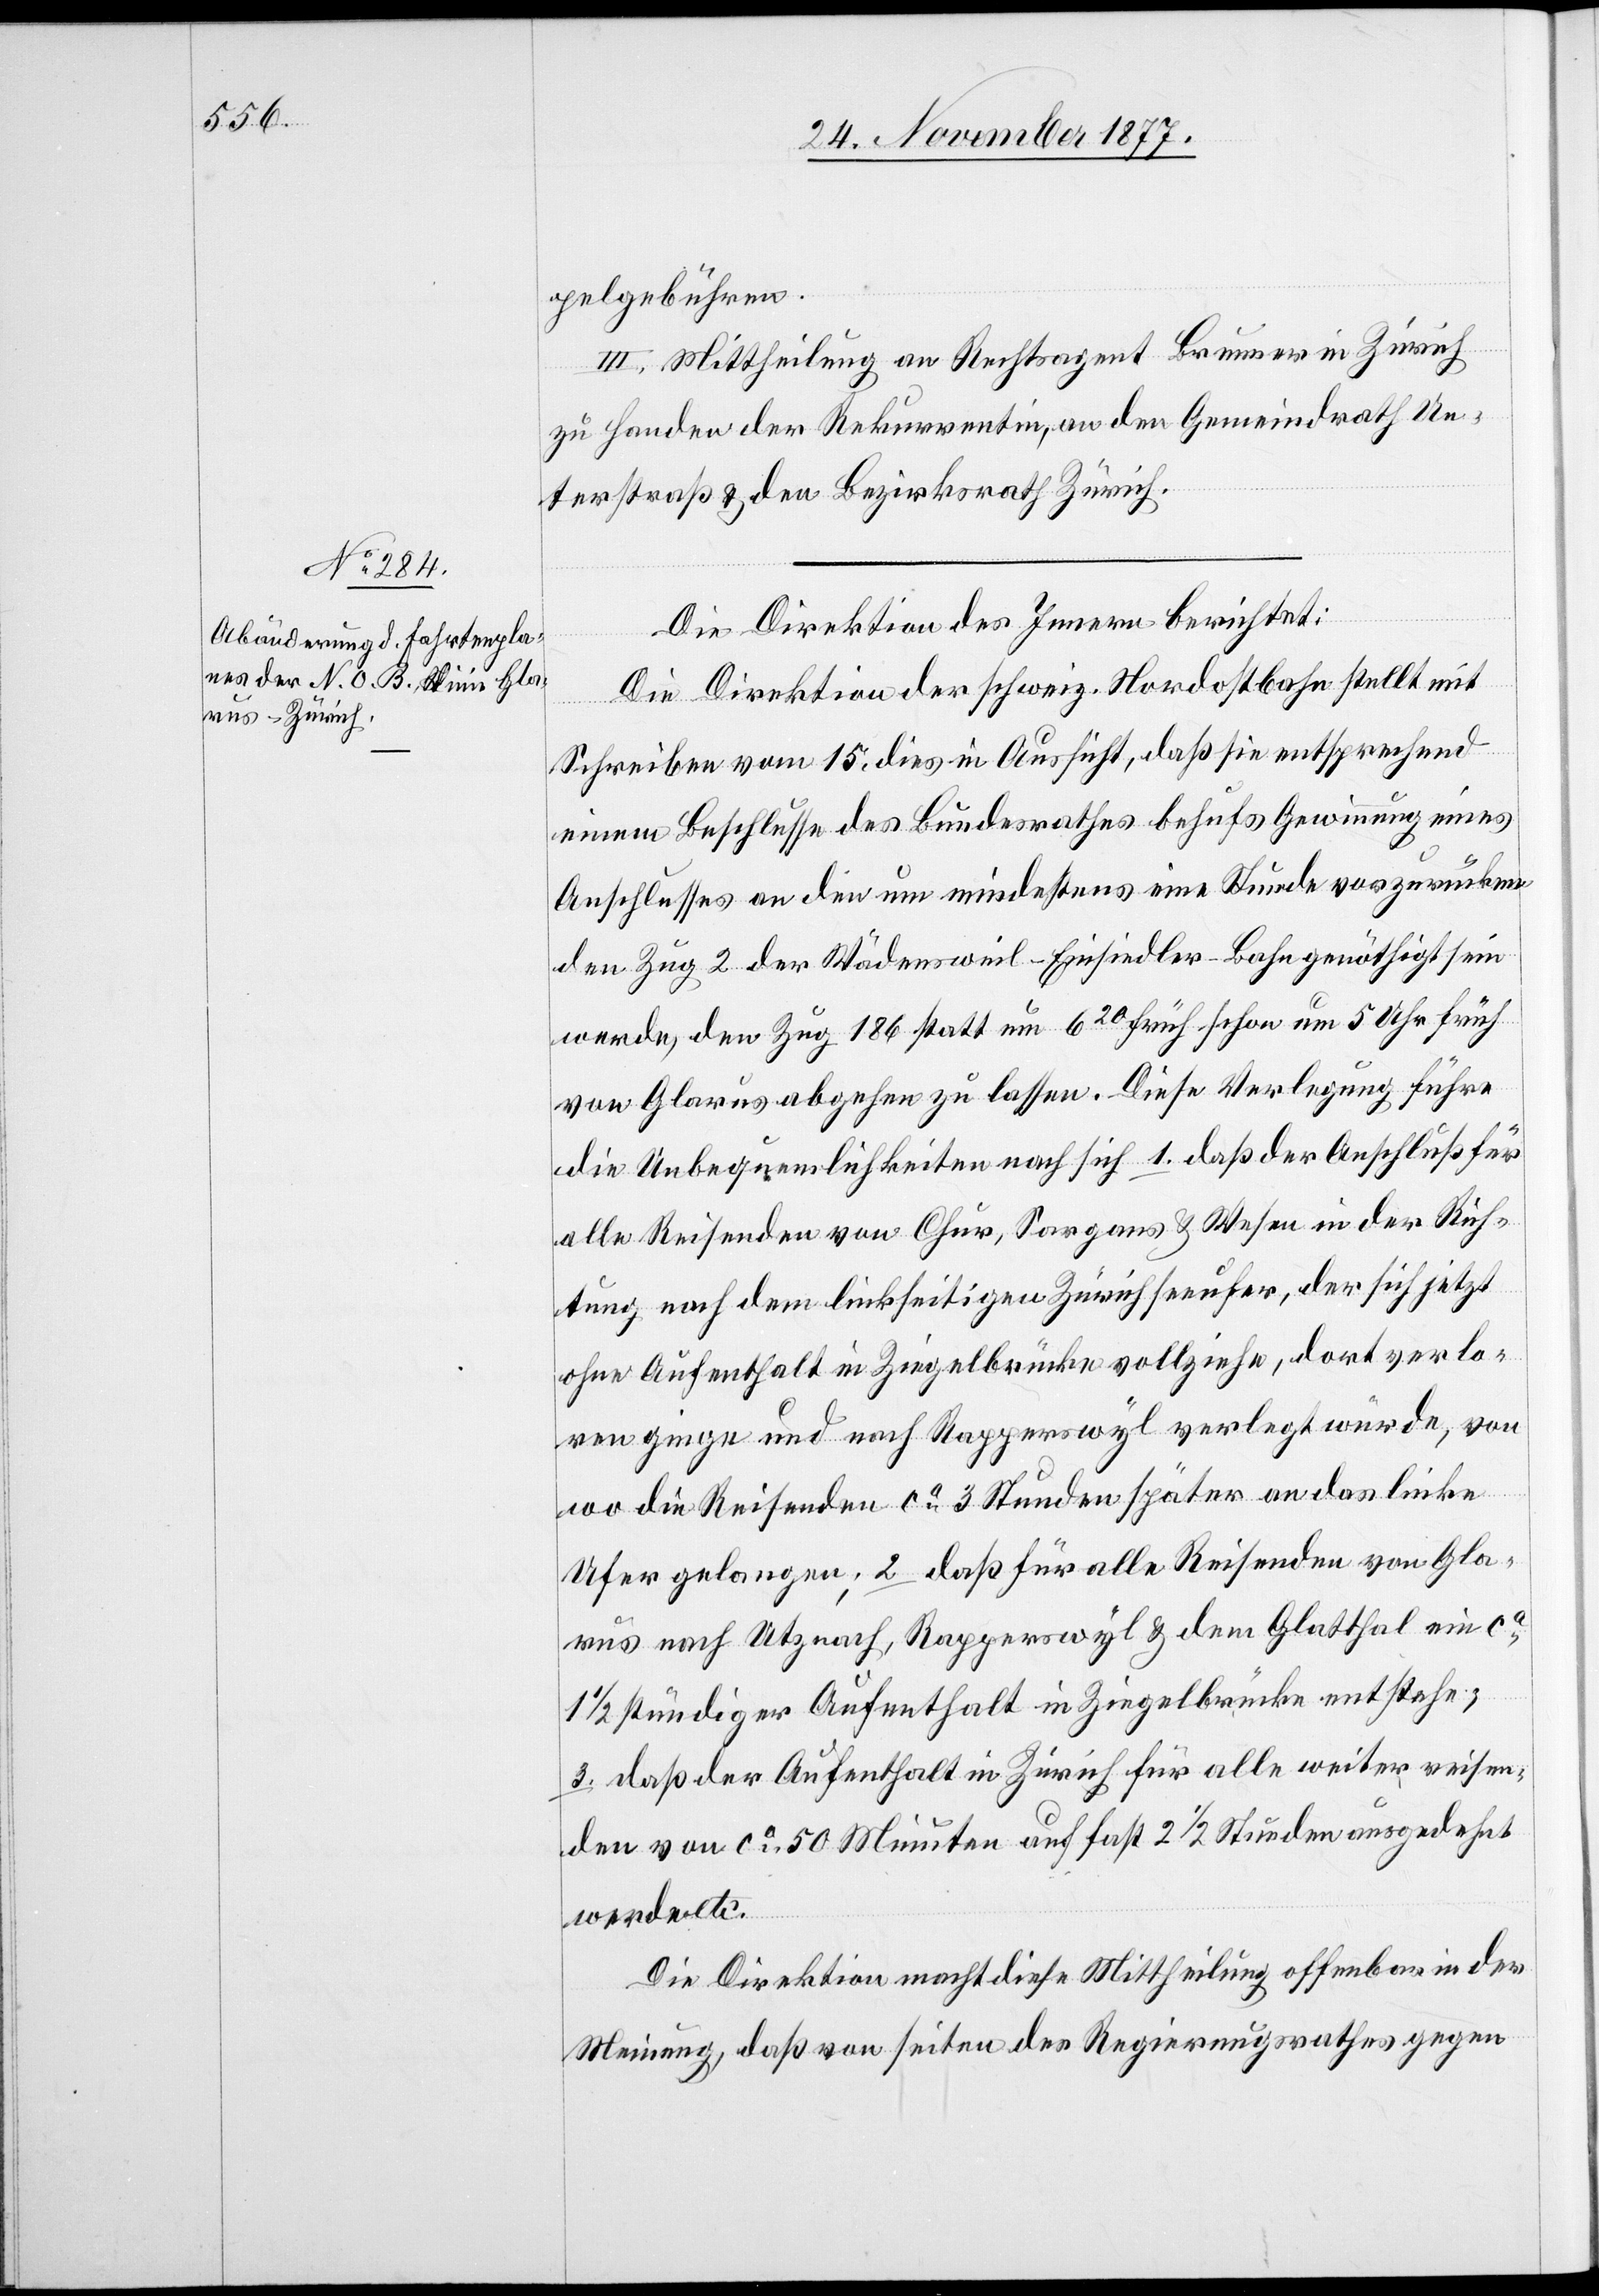
pelgebühren.
III. Mittheilung an Rechtsagent Brunner in Zürich
zu Handen der Rekurrentin, an den Gemeindrath Un¬
terstraß & den Bezirksrath Zürich.
Die Direktion des Innern berichtet:
Die Direktion der schweiz. Nordostbahn stellt mit
Schreiben vom 15. dies in Aussicht, daß sie entsprechend
einem Beschlusse des Bundesrathes behufs Gewinnung eines
Anschlusses an den um mindestens eine Stunde vorzurücken¬
den Zug 2 der Wädensweil–Einsiedler-Bahn genöthigt sein
werde, den Zug 186 statt um 620 früh schon um 5 Uhr früh
von Glarus abgehen zu lassen. Diese Verlegung führe
die Unbequemlichkeiten nach sich 1. daß der Anschluß für
alle Reisenden von Chur, Sargans & Wesen in der Rich¬
tung nach dem linkseitigen Zürichseeufer, der sich jetzt
ohne Aufenthalt in Ziegelbrücke vollziehe, dort verlo¬
ren ginge und nach Rapperswyl verlegt würde, von
wo die Reisenden ca 3 Stunden später an das linke
Ufer gelangen; 2. daß für alle Reisenden von Gla¬
rus nach Utznach, Rapperswyl & dem Glatthal ein ca
1/2 stündiger Aufenthalt in Ziegelbrücke entstehe;
3. daß der Aufenthalt in Zürich für alle weiter reisen¬
den von ca 50 Minuten auf fast 2 1/2 Stunden ausgedehnt
werde etc.
Die Direktion macht diese Mittheilung offenbar in der
Meinung, daß von seiten des Regierungsrathes gegen